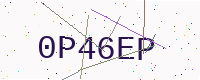
Text: 0P46EP